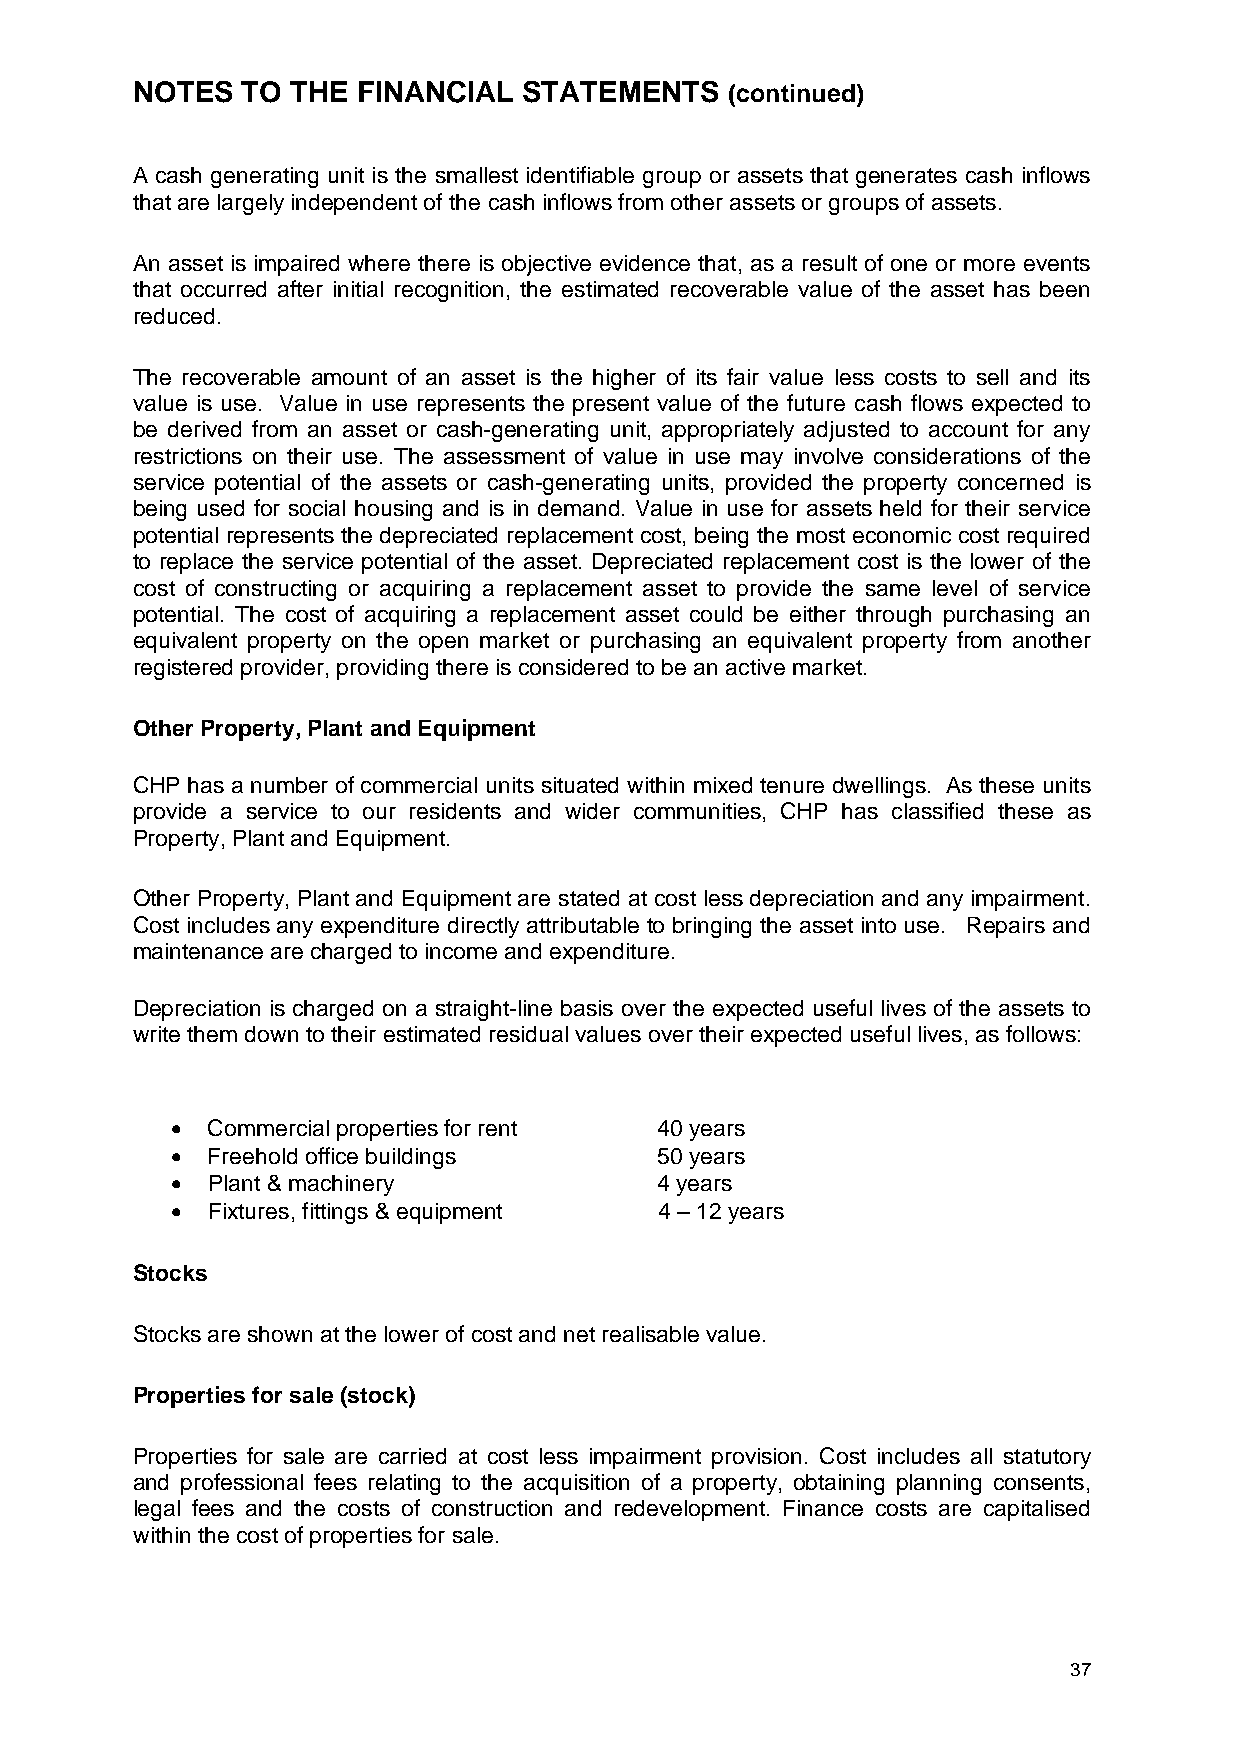
NOTES  TO THE  FINANCIAL  STATEMENTS   (continued)
 A cash generating unit is the smallest identifiable group or assets that generates cash inflows
 that are largely independent of the cash inflows from other assets or groups of assets.
 An asset is impaired where there is objective evidence that, as a result of one or more events
 that occurred after initial recognition, the estimated recoverable value of the asset has been
 reduced.
 The recoverable amount of an asset is the higher of its fair value less costs to sell and its
 value is use. Value in use represents the present value of the future cash flows expected to
 be derived from an asset or cash-generating unit, appropriately adjusted to account for any
 restrictions on their use. The assessment of value in use may involve considerations of the
 service potential of the assets or cash-generating units, provided the property concerned is
 being used for social housing and is in demand. Value in use for assets held for their service
 potential represents the depreciated replacement cost, being the most economic cost required
 to replace the service potential of the asset. Depreciated replacement cost is the lower of the
 cost of constructing or acquiring a replacement asset to provide the same level of service
 potential. The cost of acquiring a replacement asset could be either through purchasing an
 equivalent property on the open market or purchasing an equivalent property from another
 registered provider, providing there is considered to be an active market.
 Other Property, Plant and Equipment
 CHP has a number of commercial units situated within mixed tenure dwellings. As these units
 provide a service to our residents and wider communities, CHP has classified these as
 Property, Plant and Equipment.
 Other Property, Plant and Equipment are stated at cost less depreciation and any impairment.
 Cost includes any expenditure directly attributable to bringing the asset into use. Repairs and
 maintenance are charged to income and expenditure.
 Depreciation is charged on a straight-line basis over the expected useful lives of the assets to
 write them down to their estimated residual values over their expected useful lives, as follows:
   Commercial properties for rent 40 years
   Freehold office buildings     50 years
   Plant & machinery             4 years
   Fixtures, fittings & equipment 4 – 12 years
 Stocks
 Stocks are shown at the lower of cost and net realisable value.
 Properties for sale (stock)
 Properties for sale are carried at cost less impairment provision. Cost includes all statutory
 and professional fees relating to the acquisition of a property, obtaining planning consents,
 legal fees and the costs of construction and redevelopment. Finance costs are capitalised
 within the cost of properties for sale.
 37